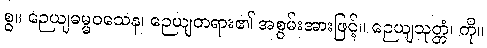
စွ။ ဉေယျဓမ္မဝသေန၊ ဉေယျတရား၏ အစွမ်းအားဖြင့်။ ဉေယျသုတ္တံ၊ ကို။